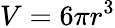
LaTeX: V=6\pi r^{3}